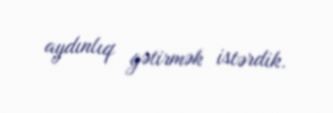
aydınlıq gətirmək istərdik.